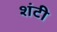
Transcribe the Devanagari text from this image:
शंटी